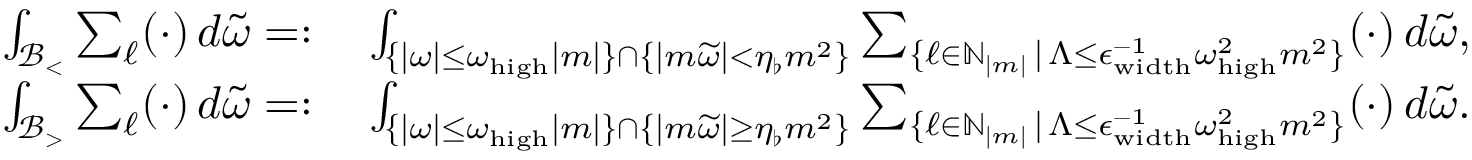
\begin{array} { r l } { \int _ { \mathcal { B } _ { < } } \sum _ { \ell } ( \cdot ) \, d \widetilde { \omega } = : } & { \: \int _ { \{ | \omega | \leq \omega _ { \mathrm { h i g h } } | m | \} \cap \{ \left| m \widetilde { \omega } \right| < \eta _ { \flat } m ^ { 2 } \} } \sum _ { \{ \ell \in \mathbb { N } _ { | m | } \, | \, \Lambda \leq \epsilon _ { \mathrm { w i d t h } } ^ { - 1 } \omega _ { \mathrm { h i g h } } ^ { 2 } m ^ { 2 } \} } ( \cdot ) \, d \widetilde { \omega } , } \\ { \int _ { \mathcal { B } _ { > } } \sum _ { \ell } ( \cdot ) \, d \widetilde { \omega } = : } & { \: \int _ { \{ | \omega | \leq \omega _ { \mathrm { h i g h } } | m | \} \cap \{ \left| m \widetilde { \omega } \right| \geq \eta _ { \flat } m ^ { 2 } \} } \sum _ { \{ \ell \in \mathbb { N } _ { | m | } \, | \, \Lambda \leq \epsilon _ { \mathrm { w i d t h } } ^ { - 1 } \omega _ { \mathrm { h i g h } } ^ { 2 } m ^ { 2 } \} } ( \cdot ) \, d \widetilde { \omega } . } \end{array}